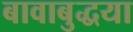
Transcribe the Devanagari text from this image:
बावाबुद्धया